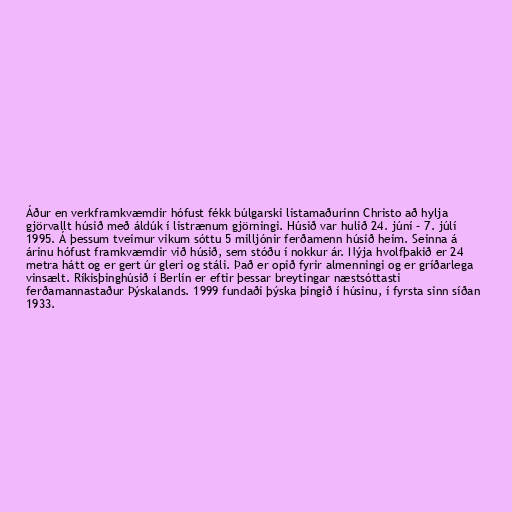
Áður en verkframkvæmdir hófust fékk búlgarski listamaðurinn Christo að hylja
gjörvallt húsið með áldúk í listrænum gjörningi. Húsið var hulið 24. júní – 7. júlí
1995. Á þessum tveimur vikum sóttu 5 milljónir ferðamenn húsið heim. Seinna á
árinu hófust framkvæmdir við húsið, sem stóðu í nokkur ár. Nýja hvolfþakið er 24
metra hátt og er gert úr gleri og stáli. Það er opið fyrir almenningi og er gríðarlega
vinsælt. Ríkisþinghúsið í Berlín er eftir þessar breytingar næstsóttasti
ferðamannastaður Þýskalands. 1999 fundaði þýska þingið í húsinu, í fyrsta sinn síðan
1933.